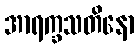
အာရက္ခသတိနော